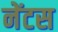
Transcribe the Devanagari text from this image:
नेंटस